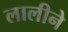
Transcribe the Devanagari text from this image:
लालीने